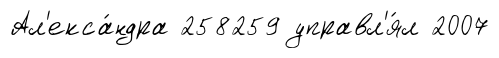
Ал'екса́ндра 258259 управл'я́л 2007